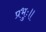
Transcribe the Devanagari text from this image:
प्रभुः॥